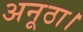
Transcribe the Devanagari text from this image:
अनूठा।